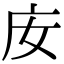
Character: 𢇘